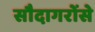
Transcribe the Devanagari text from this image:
सौदागरोंसे